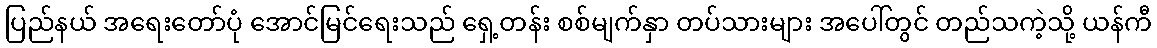
ပြည်နယ် အရေးတော်ပုံ အောင်မြင်ရေးသည် ရှေ့တန်း စစ်မျက်နှာ တပ်သားများ အပေါ်တွင် တည်သကဲ့သို့ ယန်ကီ